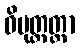
ဝိမုတ္တတ္တာ